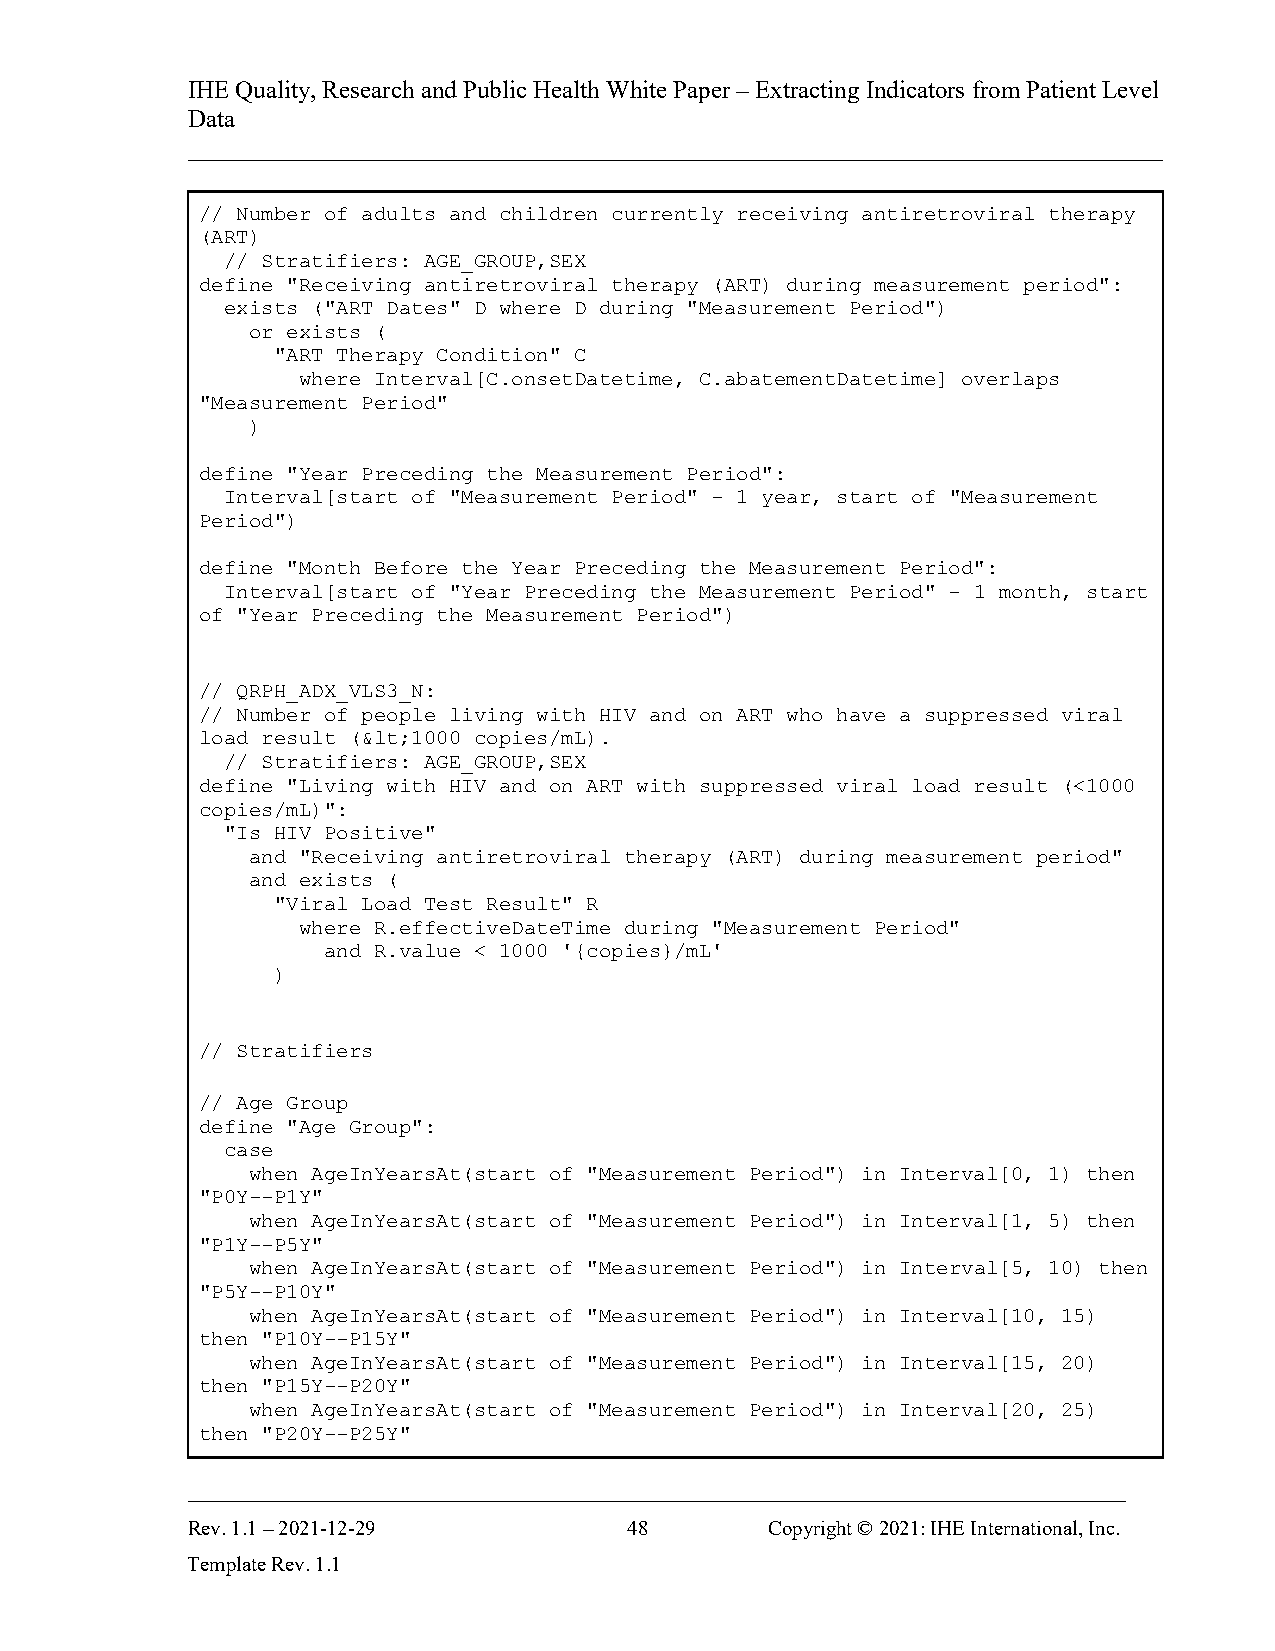
IHE Quality, Research and Public Health White Paper – Extracting Indicators from Patient Level
 Data
 ______________________________________________________________________________
 // Number of adults and children currently receiving antiretroviral therapy
 (ART)
 // Stratifiers: AGE_GROUP,SEX
 define "Receiving antiretroviral therapy (ART) during measurement period":
 exists ("ART Dates" D where D during "Measurement Period")
 or exists (
 "ART Therapy Condition" C
 where Interval[C.onsetDatetime, C.abatementDatetime] overlaps
 "Measurement Period"
 )
 define "Year Preceding the Measurement Period":
 Interval[start of "Measurement Period" - 1 year, start of "Measurement
 Period")
 define "Month Before the Year Preceding the Measurement Period":
 Interval[start of "Year Preceding the Measurement Period" - 1 month, start
 of "Year Preceding the Measurement Period")
 // QRPH_ADX_VLS3_N:
 // Number of people living with HIV and on ART who have a suppressed viral
 load result (&lt;1000 copies/mL).
 // Stratifiers: AGE_GROUP,SEX
 define "Living with HIV and on ART with suppressed viral load result (<1000
 copies/mL)":
 "Is HIV Positive"
 and "Receiving antiretroviral therapy (ART) during measurement period"
 and exists (
 "Viral Load Test Result" R
 where R.effectiveDateTime during "Measurement Period"
 and R.value < 1000 '{copies}/mL'
 )
 // Stratifiers
 // Age Group
 define "Age Group":
 case
 when AgeInYearsAt(start of "Measurement Period") in Interval[0, 1) then
 "P0Y--P1Y"
 when AgeInYearsAt(start of "Measurement Period") in Interval[1, 5) then
 "P1Y--P5Y"
 when AgeInYearsAt(start of "Measurement Period") in Interval[5, 10) then
 "P5Y--P10Y"
 when AgeInYearsAt(start of "Measurement Period") in Interval[10, 15)
 then "P10Y--P15Y"
 when AgeInYearsAt(start of "Measurement Period") in Interval[15, 20)
 then "P15Y--P20Y"
 when AgeInYearsAt(start of "Measurement Period") in Interval[20, 25)
 then "P20Y--P25Y"
 ___________________________________________________________________________
 Rev. 1.1 – 2021-12-29         48       Copyright © 2021: IHE International, Inc.
 Template Rev. 1.1